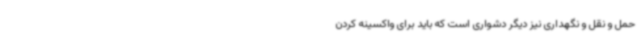
حمل و نقل و نگهداری نیز دیگر دشواری است که باید برای واکسینه کردن